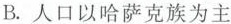
B.人口以哈萨克族为主